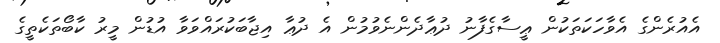
އެއުރެންގެ އެވާހަކަތަކުން ޢީސާގެފާނު ދުޢާދެންނެވުމުން އެ ދުޢާ އިޖާބަކުރައްވަވާ އުޑުން މީރު ކާބޯތަކެތީގެ